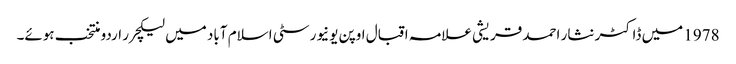
1978 میں ڈاکٹر نثار احمد قریشی علامہ اقبال اوپن یونیورسٹی اسلام آباد میں لیکچرر اردو منتخب ہوئے۔